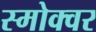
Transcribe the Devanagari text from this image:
स्मोक्वर